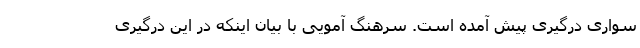
سواری درگیری پیش آمده است. سرهنگ آمویی با بیان اینکه در این درگیری